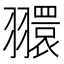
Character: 𦒠